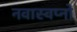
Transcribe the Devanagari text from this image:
नवास्वप्नो